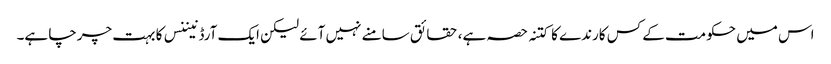
اس میں حکومت کے کس کارندے کا کتنہ حصہ ہے، حقائق سامنے نہیں آئے لیکن ایک آرڈنیننس کا بہت چرچا ہے۔